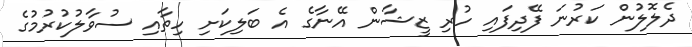
ދެލޮލުން ކަރުނަ ފޭދިފައި ހުރި ޒީޝާން އޭނާގެ އެ ބަލިކަށި ހިތާއި ސުވާލުކުރުމުގެ